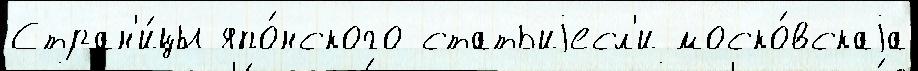
Стран'и́цы япо́нского статьиjесл'и моско́вскаjа